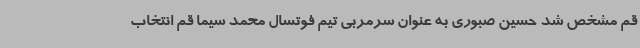
قم مشخص شد حسین صبوری به عنوان سرمربی تیم فوتسال محمد سیما قم انتخاب